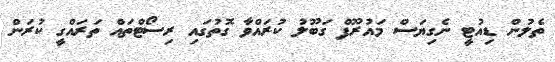
ތެލުން ޑިއުޓީ ނެގިޔަސް މައުރޫފް ގަބޫލު ކުރައްވާ ގޮތުގައި ރިސޯޓްތައް ތަރައްގީ ކުރަން